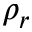
\rho _ { r }